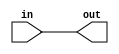
/*
   This file was generated automatically by Alchitry Labs version 1.2.1.
   Do not edit this file directly. Instead edit the original Lucid source.
   This is a temporary file and any changes made to it will be destroyed.
*/

module buffer_22 (
    input in,
    output reg out
  );
  
  
  
  always @* begin
    out = in;
  end
endmodule